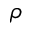
\rho